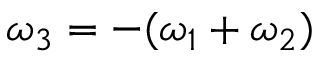
\omega _ { 3 } = - ( \omega _ { 1 } + \omega _ { 2 } )